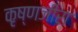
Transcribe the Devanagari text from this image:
कृष्णजीरा